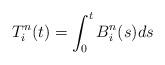
LaTeX: \begin{align*}T^n_i(t)=\int_0^t B^n_i(s)ds\end{align*}